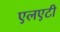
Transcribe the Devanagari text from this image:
एलएटी